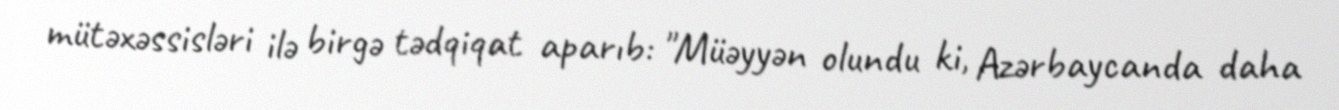
mütəxəssisləri ilə birgə tədqiqat aparıb: "Müəyyən olundu ki, Azərbaycanda daha